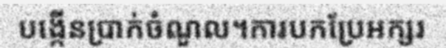
បង្កើនប្រាក់ចំណួល។ការបកប្រែអក្សរ